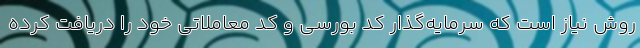
روش نیاز است که سرمایه‌گذار کد بورسی و کد معاملاتی خود را دریافت کرده